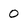
Character: 0